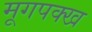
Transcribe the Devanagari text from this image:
मूगपक्ख